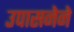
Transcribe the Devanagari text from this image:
उपासनेने